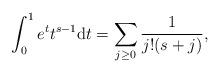
\begin{align*}\int_0^1e^tt^{s-1}\mathrm dt=\sum_{j\geq0}\frac1{j!(s+j)},\end{align*}